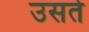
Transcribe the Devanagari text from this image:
उसते